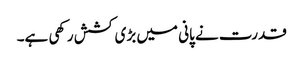
قدرت نے پانی میں بڑی کشش رکھی ہے۔